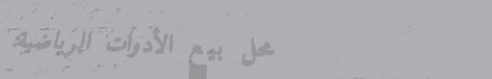
محل بيع الأدوات الرياضية: